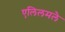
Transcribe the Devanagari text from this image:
एलिलमलै